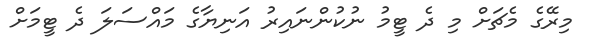
މިރޭގެ މެޗަށް މި ދެ ޓީމު ނުކުންނައިރު އަނިޔާގެ މައްސަލަ ދެ ޓީމަށް